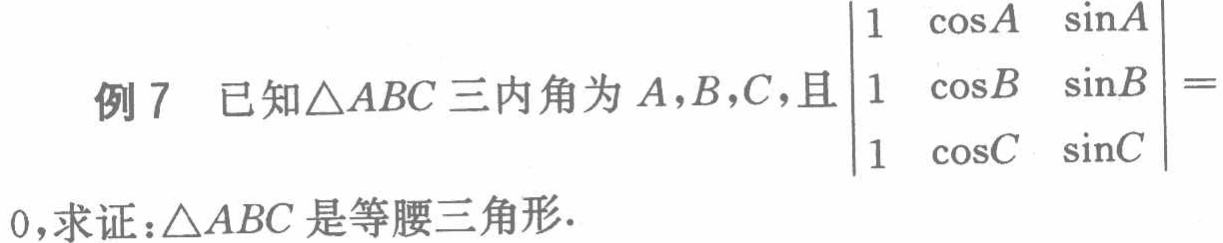
例7 已知\(\triangle ABC\)三内角为\(A,B,C\)，且\(\begin{vmatrix}
1 & \cos A & \sin A\\
1 & \cos B & \sin B\\
1 & \cos C & \sin C
\end{vmatrix}=0\)，求证：\(\triangle ABC\)是等腰三角形.